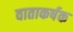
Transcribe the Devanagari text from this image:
वाताकर्षक